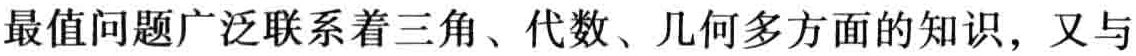
最值问题广泛联系着三角、代数、几何多方面的知识，又与